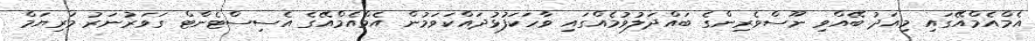
އެމްއެމްއޭގައި މިއަދު ބޭއްވި ނޫސްވެރިންގެ ބައްދަލުވުމެއްގައި ވާހަކަފުޅުދައްކަވަމުން އެމްއެމްއޭގެ އެސިސްޓެންޓް ގަވަރުނަރު މަރިޔަމް